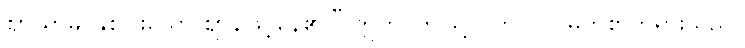
ဈာယာမိ၊ နှစ်ပါးသော ဈာန်ဖြင့်နေ၏။” ဣတိ၊ ဤသို့။ (ဘဂဝါ၊ မြတ်စွာဘုရားသည်။